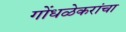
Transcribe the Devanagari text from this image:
गोंधळेकरांचा